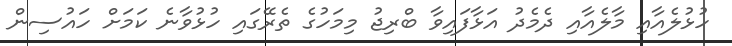
ހުޅުލެއާއި މާލެއާއި ދެމެދު އަޅާފައިވާ ބްރިޖު މިމަހުގެ ތެރޭގައި ހުޅުވާނެ ކަމަށް ހައުސިން